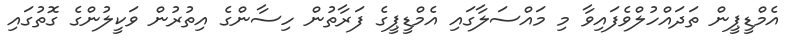
އެމްޑީޕީން ތަދައްހުލްވެފައިވާ މި މައްސަލާގައި އެމްޑީޕީގެ ފަރާތުން ހިސާންގެ އިތުރުން ވަކީލުންގެ ގޮތުގައި